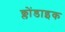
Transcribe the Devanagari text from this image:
क्लोंडाइक